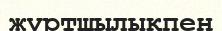
жүртшылықпен